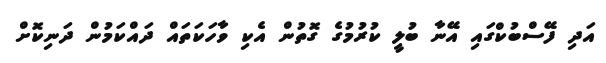
އަދި ފޭސްބުކްގައި އޭނާ ބުލީ ކުރުމުގެ ގޮތުން އެކި ވާހަކަތައް ދައްކަމުން ދަނިކޮށް